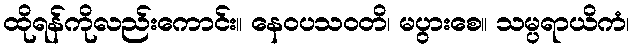
ထိုရန်ကိုလည်းကောင်း။ နေဝပသဝတိ၊ မပွားစေ။ သမ္ပရာယိကံ၊